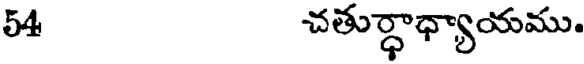
54 చతుర్ధాధ్యాయము.